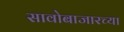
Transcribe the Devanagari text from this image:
सावोबाजारच्या